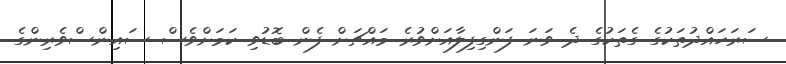
ސަރަހައްދުތަކުގެ ގެތަކުގެ ދެ ވަނަ ފަންގިފިލާއަށްވުރެ މައްޗަށް ފެން ބޮޑުވި ކަމަށްވެސް ސައިންސްވެރިންގެ